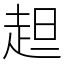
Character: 䞡